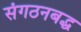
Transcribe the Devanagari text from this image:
संगठनबद्ध